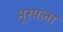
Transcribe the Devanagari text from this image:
मूरयला